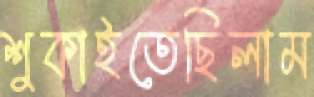
শুকাইতেছিলাম